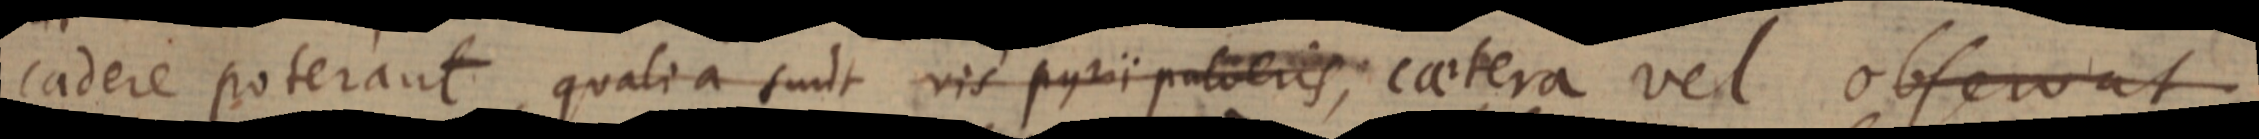
cadere poterant, qualia sunt vis pyrii pulveris, caetera vel observat